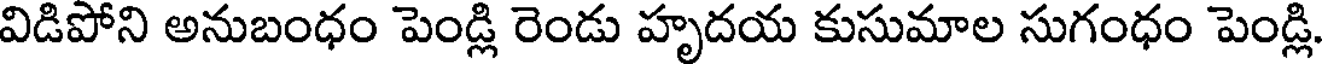
విడిపోని అనుబంధం పెండ్లి రెండు హృదయ కుసుమాల సుగంధం పెండ్లి